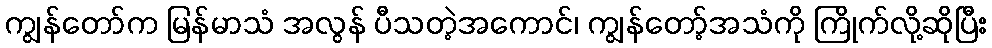
ကျွန်တော်က မြန်မာသံ အလွန် ပီသတဲ့အကောင်၊ ကျွန်တော့်အသံကို ကြိုက်လို့ဆိုပြီး